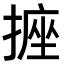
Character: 𭢂